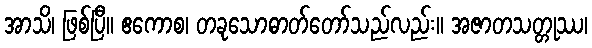
အာသိ၊ ဖြစ်ပြီ။ ဧကောစ၊ တခုသောဓာတ်တော်သည်လည်း။ အဇာတသတ္တုဿ၊